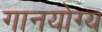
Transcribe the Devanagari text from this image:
गानयोग्य